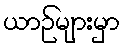
ယာဉ်များမှာ